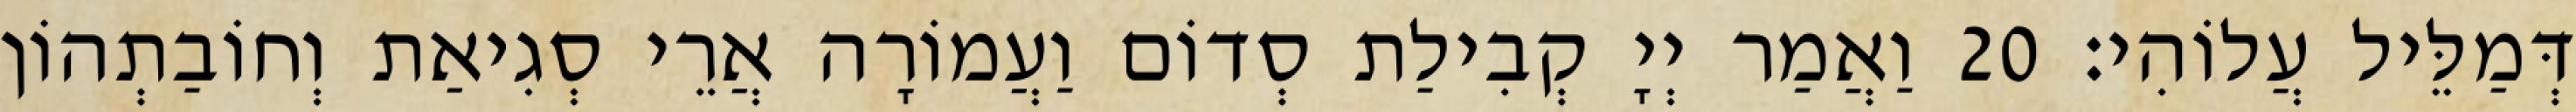
דְּמַלֵּיל עֲלוֹהִי׃ 20 וַאֲמַר יְיָ קְבִילַת סְדוֹם וַעֲמוֹרָה אֲרֵי סְגִיאַת וְחוֹבַתְהוֹן